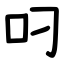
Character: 叼